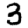
Digit: 3